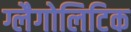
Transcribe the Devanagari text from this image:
ग्लैगोलिटिक